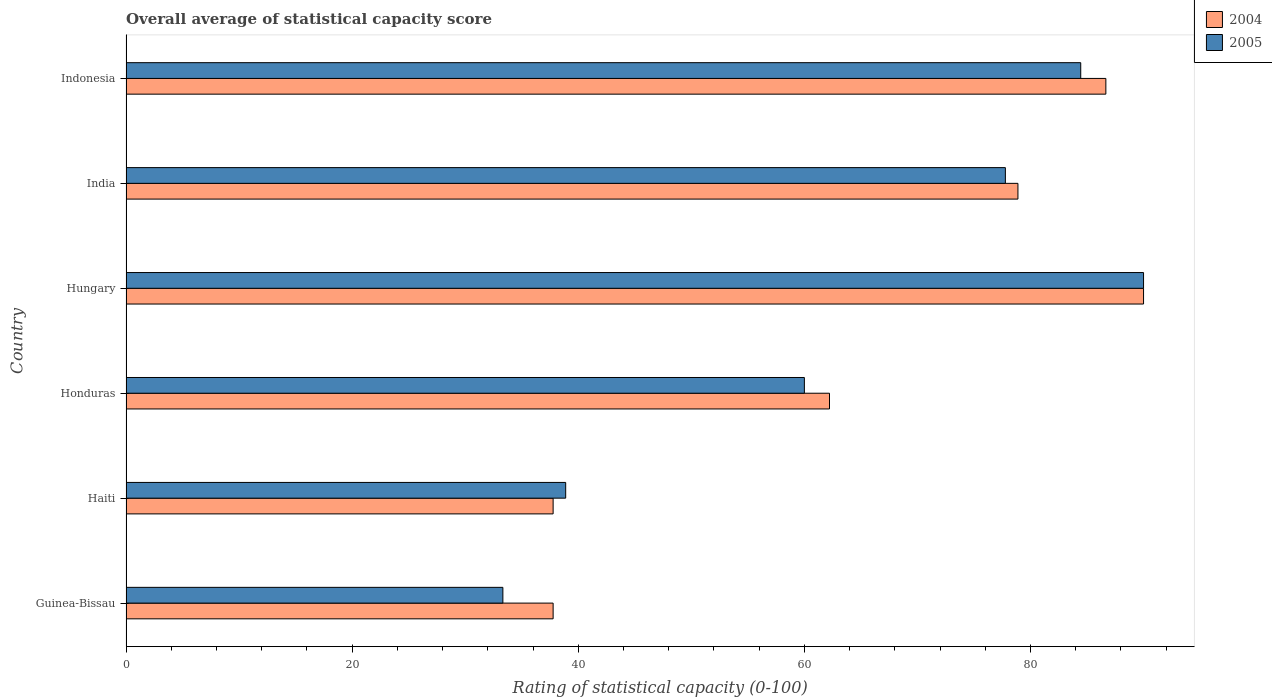
| Country | 2004 | 2005 |
 | --- | --- | --- |
 | Guinea-Bissau | 37.8 | 33.3 |
 | Haiti | 37.8 | 38.9 |
 | Honduras | 62.2 | 60 |
 | Hungary | 90 | 90 |
 | India | 78.9 | 77.8 |
 | Indonesia | 86.7 | 84.4 |